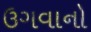
ઉગવાનો